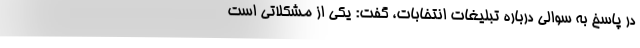
در پاسخ به سوالی درباره تبلیغات انتخابات، گفت: یکی از مشکلاتی است